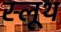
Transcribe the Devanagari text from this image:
स्लूथ